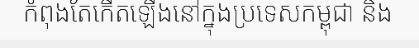
កំពុងតែកើតឡើងនៅក្នុងប្រទេសកម្ពុជា និង